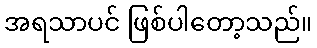
အရသာပင် ဖြစ်ပါတော့သည်။